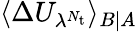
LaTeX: \langle\Delta U_{\lambda^{N_{\mathrm{t}}}}\rangle_{B|A}